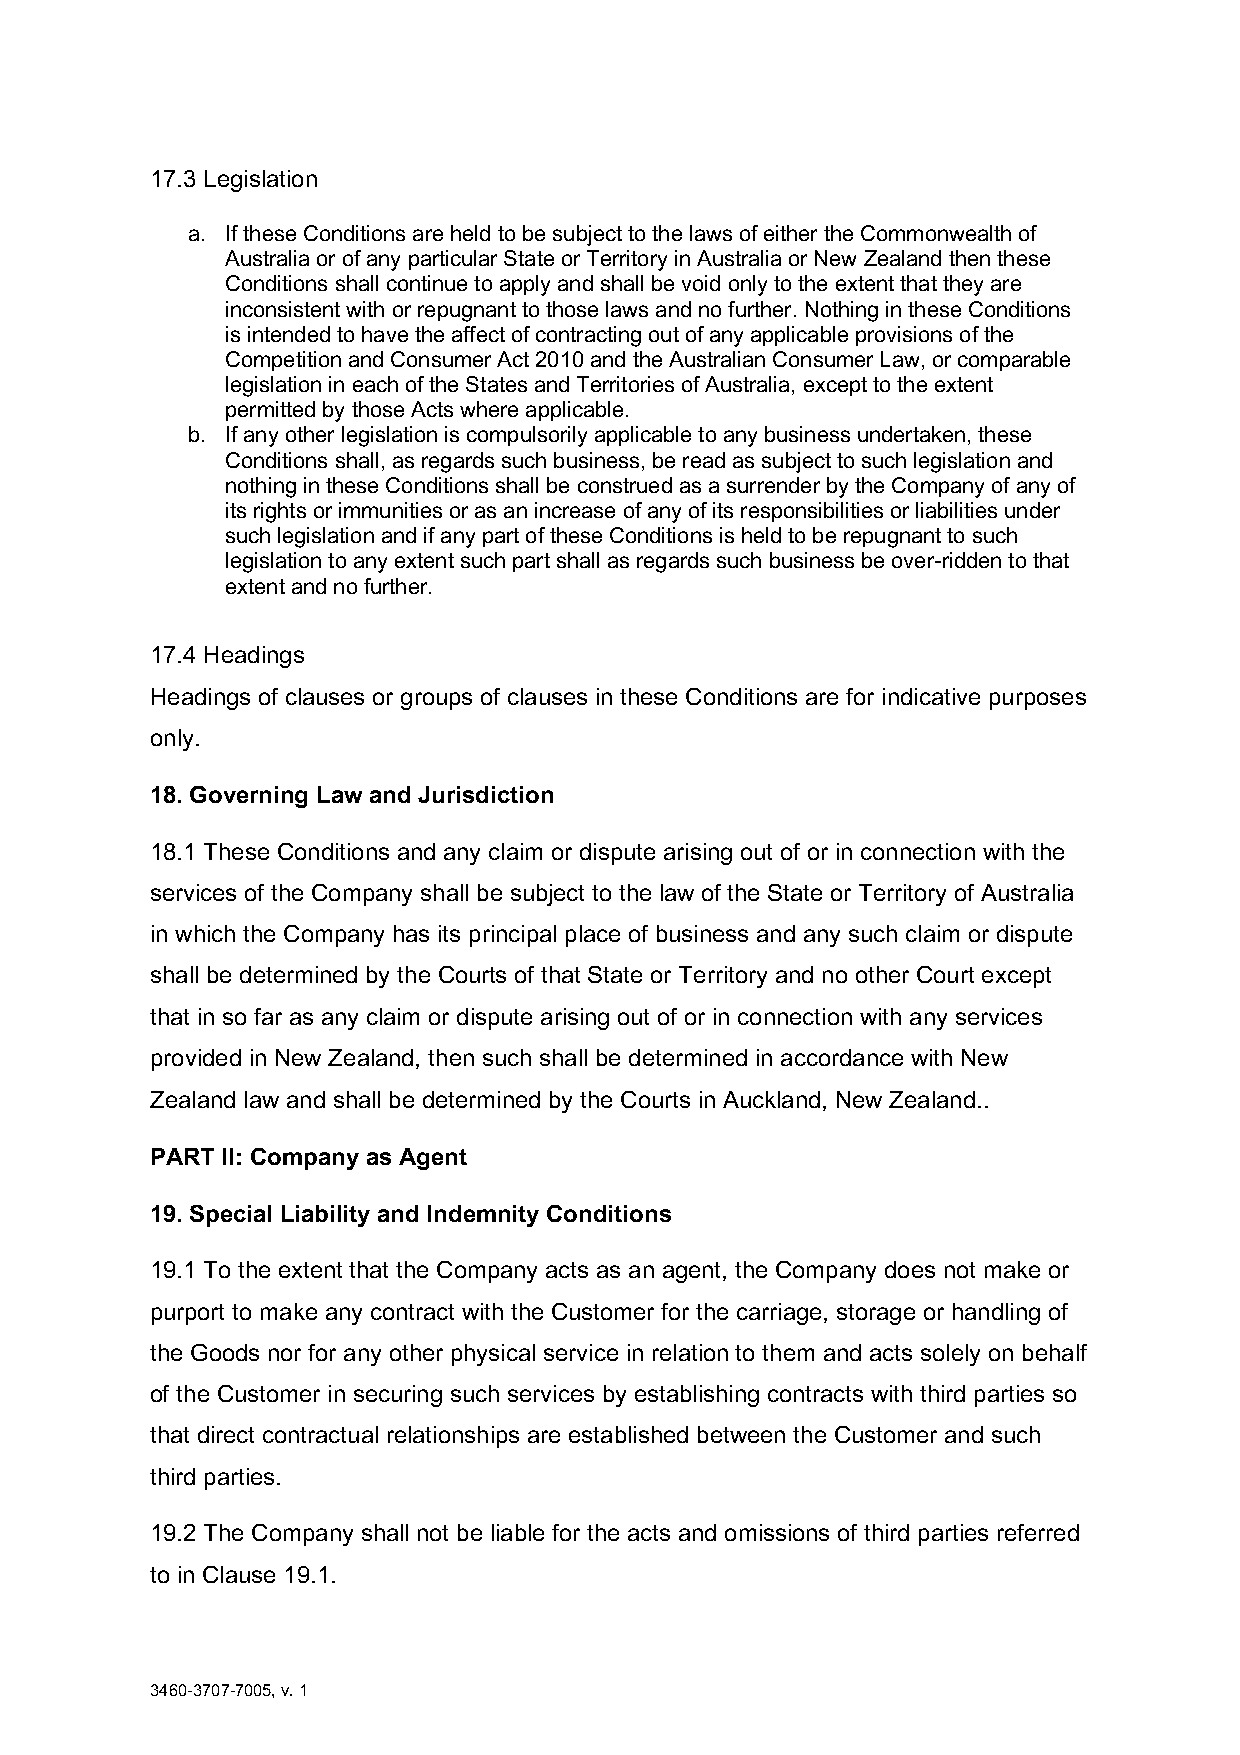
17.3 Legislation
 a. If these Conditions are held to be subject to the laws of either the Commonwealth of
 Australia or of any particular State or Territory in Australia or New Zealand then these
 Conditions shall continue to apply and shall be void only to the extent that they are
 inconsistent with or repugnant to those laws and no further. Nothing in these Conditions
 is intended to have the affect of contracting out of any applicable provisions of the
 Competition and Consumer Act 2010 and the Australian Consumer Law, or comparable
 legislation in each of the States and Territories of Australia, except to the extent
 permitted by those Acts where applicable.
 b. If any other legislation is compulsorily applicable to any business undertaken, these
 Conditions shall, as regards such business, be read as subject to such legislation and
 nothing in these Conditions shall be construed as a surrender by the Company of any of
 its rights or immunities or as an increase of any of its responsibilities or liabilities under
 such legislation and if any part of these Conditions is held to be repugnant to such
 legislation to any extent such part shall as regards such business be over-ridden to that
 extent and no further.
 17.4 Headings
 Headings of clauses or groups of clauses in these Conditions are for indicative purposes
 only.
 18. Governing Law and Jurisdiction
 18.1 These Conditions and any claim or dispute arising out of or in connection with the
 services of the Company shall be subject to the law of the State or Territory of Australia
 in which the Company has its principal place of business and any such claim or dispute
 shall be determined by the Courts of that State or Territory and no other Court except
 that in so far as any claim or dispute arising out of or in connection with any services
 provided in New Zealand, then such shall be determined in accordance with New
 Zealand law and shall be determined by the Courts in Auckland, New Zealand..
 PART II: Company as Agent
 19. Special Liability and Indemnity Conditions
 19.1 To the extent that the Company acts as an agent, the Company does not make or
 purport to make any contract with the Customer for the carriage, storage or handling of
 the Goods nor for any other physical service in relation to them and acts solely on behalf
 of the Customer in securing such services by establishing contracts with third parties so
 that direct contractual relationships are established between the Customer and such
 third parties.
 19.2 The Company shall not be liable for the acts and omissions of third parties referred
 to in Clause 19.1.
 3460-3707-7005, v. 1